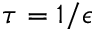
\tau = 1 / \epsilon